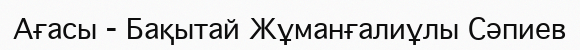
Ағасы - Бақытай Жұманғалиұлы Сәпиев